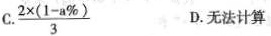
C \frac{2\times(1-a \%)}{3} D.无法计算